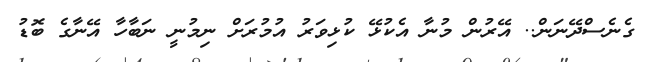
ގެނެސްދޭނަން.. އޭރުން މުނާ އެކުޅޭ ކުޅިވަރު އުމުރަށް ނިމުނީ ނަބާހާ އޭނާގެ ބޮޑު